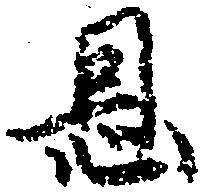
恩